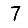
Digit: 7